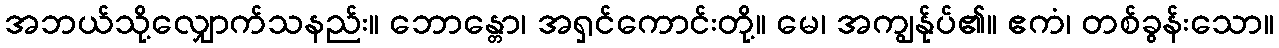
အဘယ်သို့လျှောက်သနည်း။ ဘောန္တော၊ အရှင်ကောင်းတို့။ မေ၊ အကျွန်ုပ်၏။ ဧကံ၊ တစ်ခွန်းသော။